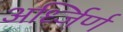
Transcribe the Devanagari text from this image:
अर्ध्जिर्ण